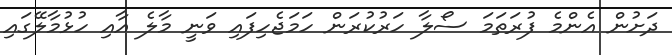
ދަށުން އެންމެ ފުރަތަމަ ސޯލާ ހަރުކުރަން ހަމަޖެހިފައި ވަނީ މާލެ އާއި ހުޅުމާލޭގައި